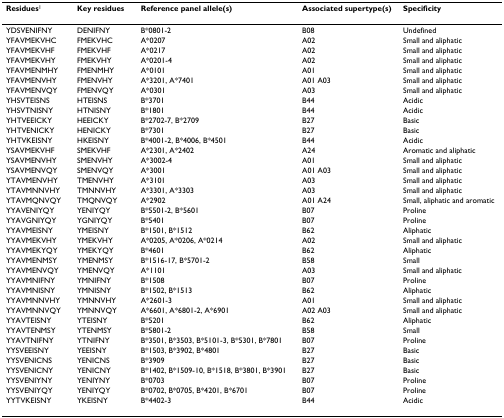
<table><thead><tr><td><b>Residues<sup>1</sup></b></td><td><b>Key residues</b></td><td><b>Reference panel allele(s)</b></td><td><b>Associated supertype(s)</b></td><td><b>Specificity</b></td></tr></thead><tbody><tr><td>YDSVENIFNY</td><td>DENIFNY</td><td>B*0801-2</td><td>B08</td><td>Undefined</td></tr><tr><td>YFAVMEKVHC</td><td>FMEKVHC</td><td>A*0207</td><td>A02</td><td>Small and aliphatic</td></tr><tr><td>YFAVMEKVHF</td><td>FMEKVHF</td><td>A*0217</td><td>A02</td><td>Small and aliphatic</td></tr><tr><td>YFAVMEKVHY</td><td>FMEKVHY</td><td>A*0201-4</td><td>A02</td><td>Small and aliphatic</td></tr><tr><td>YFAVMENMHY</td><td>FMENMHY</td><td>A*0101</td><td>A01</td><td>Small and aliphatic</td></tr><tr><td>YFAVMENVHY</td><td>FMENVHY</td><td>A*3201, A*7401</td><td>A01 A03</td><td>Small and aliphatic</td></tr><tr><td>YFAVMENVQY</td><td>FMENVQY</td><td>A*0301</td><td>A03</td><td>Small and aliphatic</td></tr><tr><td>YHSVTEISNS</td><td>HTEISNS</td><td>B*3701</td><td>B44</td><td>Acidic</td></tr><tr><td>YHSVTNISNY</td><td>HTNISNY</td><td>B*1801</td><td>B44</td><td>Acidic</td></tr><tr><td>YHTVEEICKY</td><td>HEEICKY</td><td>B*2702-7, B*2709</td><td>B27</td><td>Basic</td></tr><tr><td>YHTVENICKY</td><td>HENICKY</td><td>B*7301</td><td>B27</td><td>Basic</td></tr><tr><td>YHTVKEISNY</td><td>HKEISNY</td><td>B*4001-2, B*4006, B*4501</td><td>B44</td><td>Acidic</td></tr><tr><td>YSAVMEKVHF</td><td>SMEKVHF</td><td>A*2301, A*2402</td><td>A24</td><td>Aromatic and aliphatic</td></tr><tr><td>YSAVMENVHY</td><td>SMENVHY</td><td>A*3002-4</td><td>A01</td><td>Small and aliphatic</td></tr><tr><td>YSAVMENVQY</td><td>SMENVQY</td><td>A*3001</td><td>A01 A03</td><td>Small and aliphatic</td></tr><tr><td>YTAVMENVHY</td><td>TMENVHY</td><td>A*3101</td><td>A03</td><td>Small and aliphatic</td></tr><tr><td>YTAVMNNVHY</td><td>TMNNVHY</td><td>A*3301, A*3303</td><td>A03</td><td>Small and aliphatic</td></tr><tr><td>YTAVMQNVQY</td><td>TMQNVQY</td><td>A*2902</td><td>A01 A24</td><td>Small, aliphatic and aromatic</td></tr><tr><td>YYAVENIYQY</td><td>YENIYQY</td><td>B*5501-2, B*5601</td><td>B07</td><td>Proline</td></tr><tr><td>YYAVGNIYQY</td><td>YGNIYQY</td><td>B*5401</td><td>B07</td><td>Proline</td></tr><tr><td>YYAVMEISNY</td><td>YMEISNY</td><td>B*1501, B*1512</td><td>B62</td><td>Aliphatic</td></tr><tr><td>YYAVMEKVHY</td><td>YMEKVHY</td><td>A*0205, A*0206, A*0214</td><td>A02</td><td>Small and aliphatic</td></tr><tr><td>YYAVMEKYQY</td><td>YMEKYQY</td><td>B*4601</td><td>B62</td><td>Aliphatic</td></tr><tr><td>YYAVMENMSY</td><td>YMENMSY</td><td>B*1516-17, B*5701-2</td><td>B58</td><td>Small</td></tr><tr><td>YYAVMENVQY</td><td>YMENVQY</td><td>A*1101</td><td>A03</td><td>Small and aliphatic</td></tr><tr><td>YYAVMNIFNY</td><td>YMNIFNY</td><td>B*1508</td><td>B07</td><td>Proline</td></tr><tr><td>YYAVMNISNY</td><td>YMNISNY</td><td>B*1502, B*1513</td><td>B62</td><td>Aliphatic</td></tr><tr><td>YYAVMNNVHY</td><td>YMNNVHY</td><td>A*2601-3</td><td>A01</td><td>Small and aliphatic</td></tr><tr><td>YYAVMNNVQY</td><td>YMNNVQY</td><td>A*6601, A*6801-2, A*6901</td><td>A02 A03</td><td>Small and aliphatic</td></tr><tr><td>YYAVTEISNY</td><td>YTEISNY</td><td>B*5201</td><td>B62</td><td>Aliphatic</td></tr><tr><td>YYAVTENMSY</td><td>YTENMSY</td><td>B*5801-2</td><td>B58</td><td>Small</td></tr><tr><td>YYAVTNIFNY</td><td>YTNIFNY</td><td>B*3501, B*3503, B*5101-3, B*5301, B*7801</td><td>B07</td><td>Proline</td></tr><tr><td>YYSVEEISNY</td><td>YEEISNY</td><td>B*1503, B*3902, B*4801</td><td>B27</td><td>Basic</td></tr><tr><td>YYSVENICNS</td><td>YENICNS</td><td>B*3909</td><td>B27</td><td>Basic</td></tr><tr><td>YYSVENICNY</td><td>YENICNY</td><td>B*1402, B*1509-10, B*1518, B*3801, B*3901</td><td>B27</td><td>Basic</td></tr><tr><td>YYSVENIYNY</td><td>YENIYNY</td><td>B*0703</td><td>B07</td><td>Proline</td></tr><tr><td>YYSVENIYQY</td><td>YENIYQY</td><td>B*0702, B*0705, B*4201, B*6701</td><td>B07</td><td>Proline</td></tr><tr><td>YYTVKEISNY</td><td>YKEISNY</td><td>B*4402-3</td><td>B44</td><td>Acidic</td></tr></tbody></table>